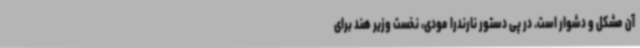
آن مشکل و دشوار است. در پی دستور نارندرا مودی، نخست وزیر هند برای